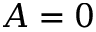
A = 0